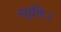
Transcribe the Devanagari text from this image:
स्तुतिः।